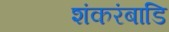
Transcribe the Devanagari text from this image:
शंकरंबाडि